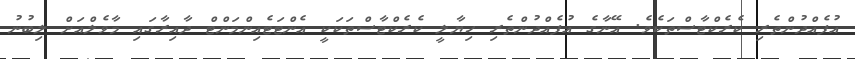
އުފެއްދުންތެރި ކެރެކްޓާސްތަކެެވެ. އޭނާގެ އުފެއްދުންތެރި ހިޔާލީ ކެރެކްޓާސްތަކަކީ އެންޓަޓެއިންމަންޓް ދާއިރާގައި މާވެލްއަށް ލިބުނު